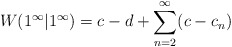
\begin{align*}W(1^\infty | 1^\infty) = c-d + \sum_{n=2}^{\infty} (c - c_n) \end{align*}